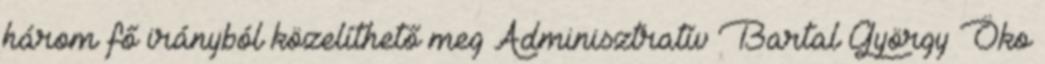
három fő irányból közelíthető meg Adminisztratív Bartal György Öko